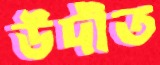
উদীত